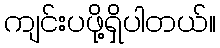
ကျင်းပဖို့ရှိပါတယ်။